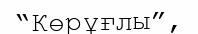
“Көрұғлы”,